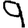
Digit: 9